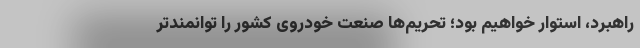
راهبرد، استوار خواهیم بود؛ تحریم‌ها صنعت خودروی کشور را توانمندتر